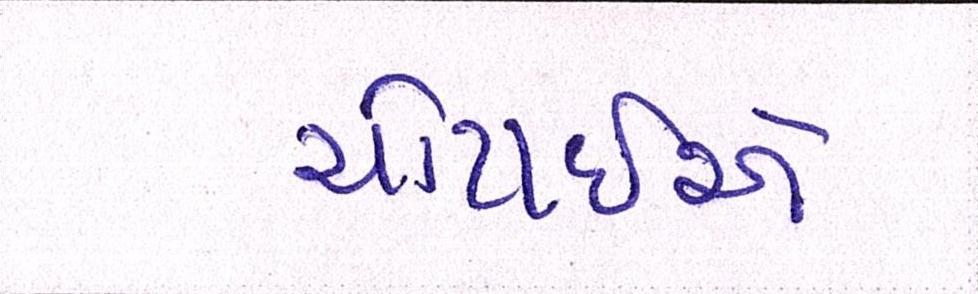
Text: ચોટાઇએ